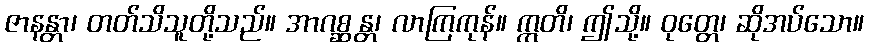
ဇာနန္တာ၊ တတ်သိသူတို့သည်။ အာဂစ္ဆန္တ၊ လာကြကုန်။ ဣတိ၊ ဤသို့။ ဝုတ္တေ၊ ဆိုအပ်သော။